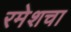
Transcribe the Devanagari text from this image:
रमेशचा